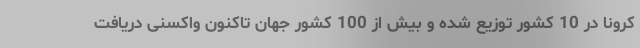
کرونا در 10 کشور توزیع شده و بیش از 100 کشور جهان تاکنون واکسنی دریافت